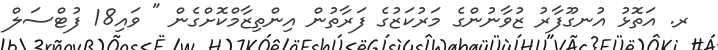
ރ. އަތޮޅު އުނގޫފާރު ޒުވާނުންގެ މަރުކަޒުގެ ފަރާތުން އިންތިޒާމްކޮށްގެން " ވައި18 ފުޓްސަލް